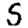
Digit: 5